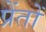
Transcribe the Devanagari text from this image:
प्रेंतों